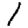
Digit: 1